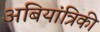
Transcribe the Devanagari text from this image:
अबियांत्रिकी